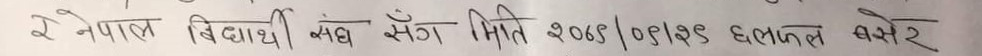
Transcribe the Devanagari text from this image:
रे नेपाल विद्यार्थी संघ मिति २०७५/०९/१२ छलफल बसेर